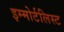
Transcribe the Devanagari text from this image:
इम्मोर्टलिस्ट